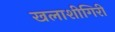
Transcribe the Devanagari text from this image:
खलाशीगिरी